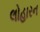
લોહારન